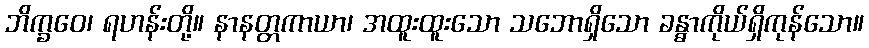
ဘိက္ခဝေ၊ ရဟန်းတို့။ နာနတ္တကာယာ၊ အထူးထူးသော သဘောရှိသော ခန္ဓာကိုယ်ရှိကုန်သော။